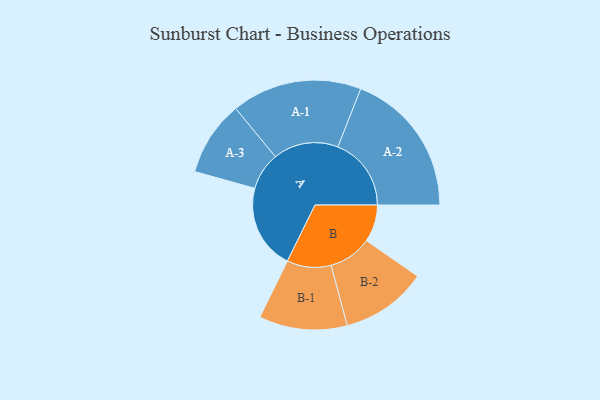
{"axis": {"x": "Segment", "y": "Value"}, "legend": ["", "A", "B"], "data": [{"x": "A", "y": 258, "type": ""}, {"x": "B", "y": 113, "type": ""}, {"x": "A-1", "y": 198, "type": "A"}, {"x": "A-2", "y": 223, "type": "A"}, {"x": "A-3", "y": 114, "type": "A"}, {"x": "B-1", "y": 134, "type": "B"}, {"x": "B-2", "y": 131, "type": "B"}]}